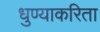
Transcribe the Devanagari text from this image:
धुण्याकरिता